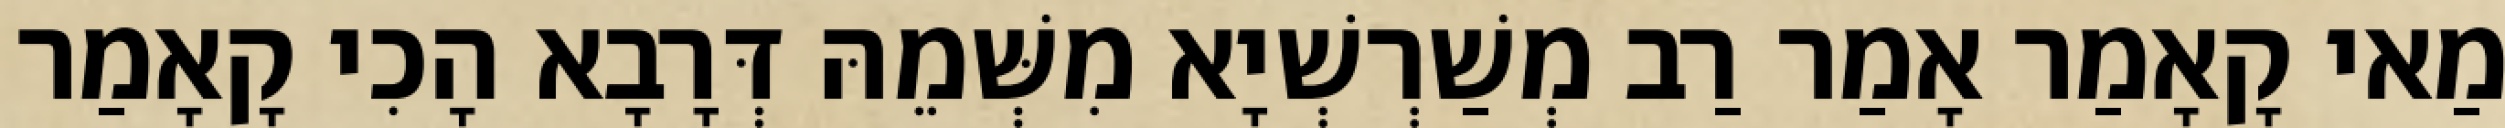
מַאי קָאָמַר אָמַר רַב מְשַׁרְשְׁיָא מִשְּׁמֵהּ דְּרָבָא הָכִי קָאָמַר